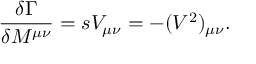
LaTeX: { \frac { \delta \Gamma } { \delta M ^ { \mu \nu } } } = s V _ { \mu \nu } = - ( V ^ { 2 } ) _ { \mu \nu } .